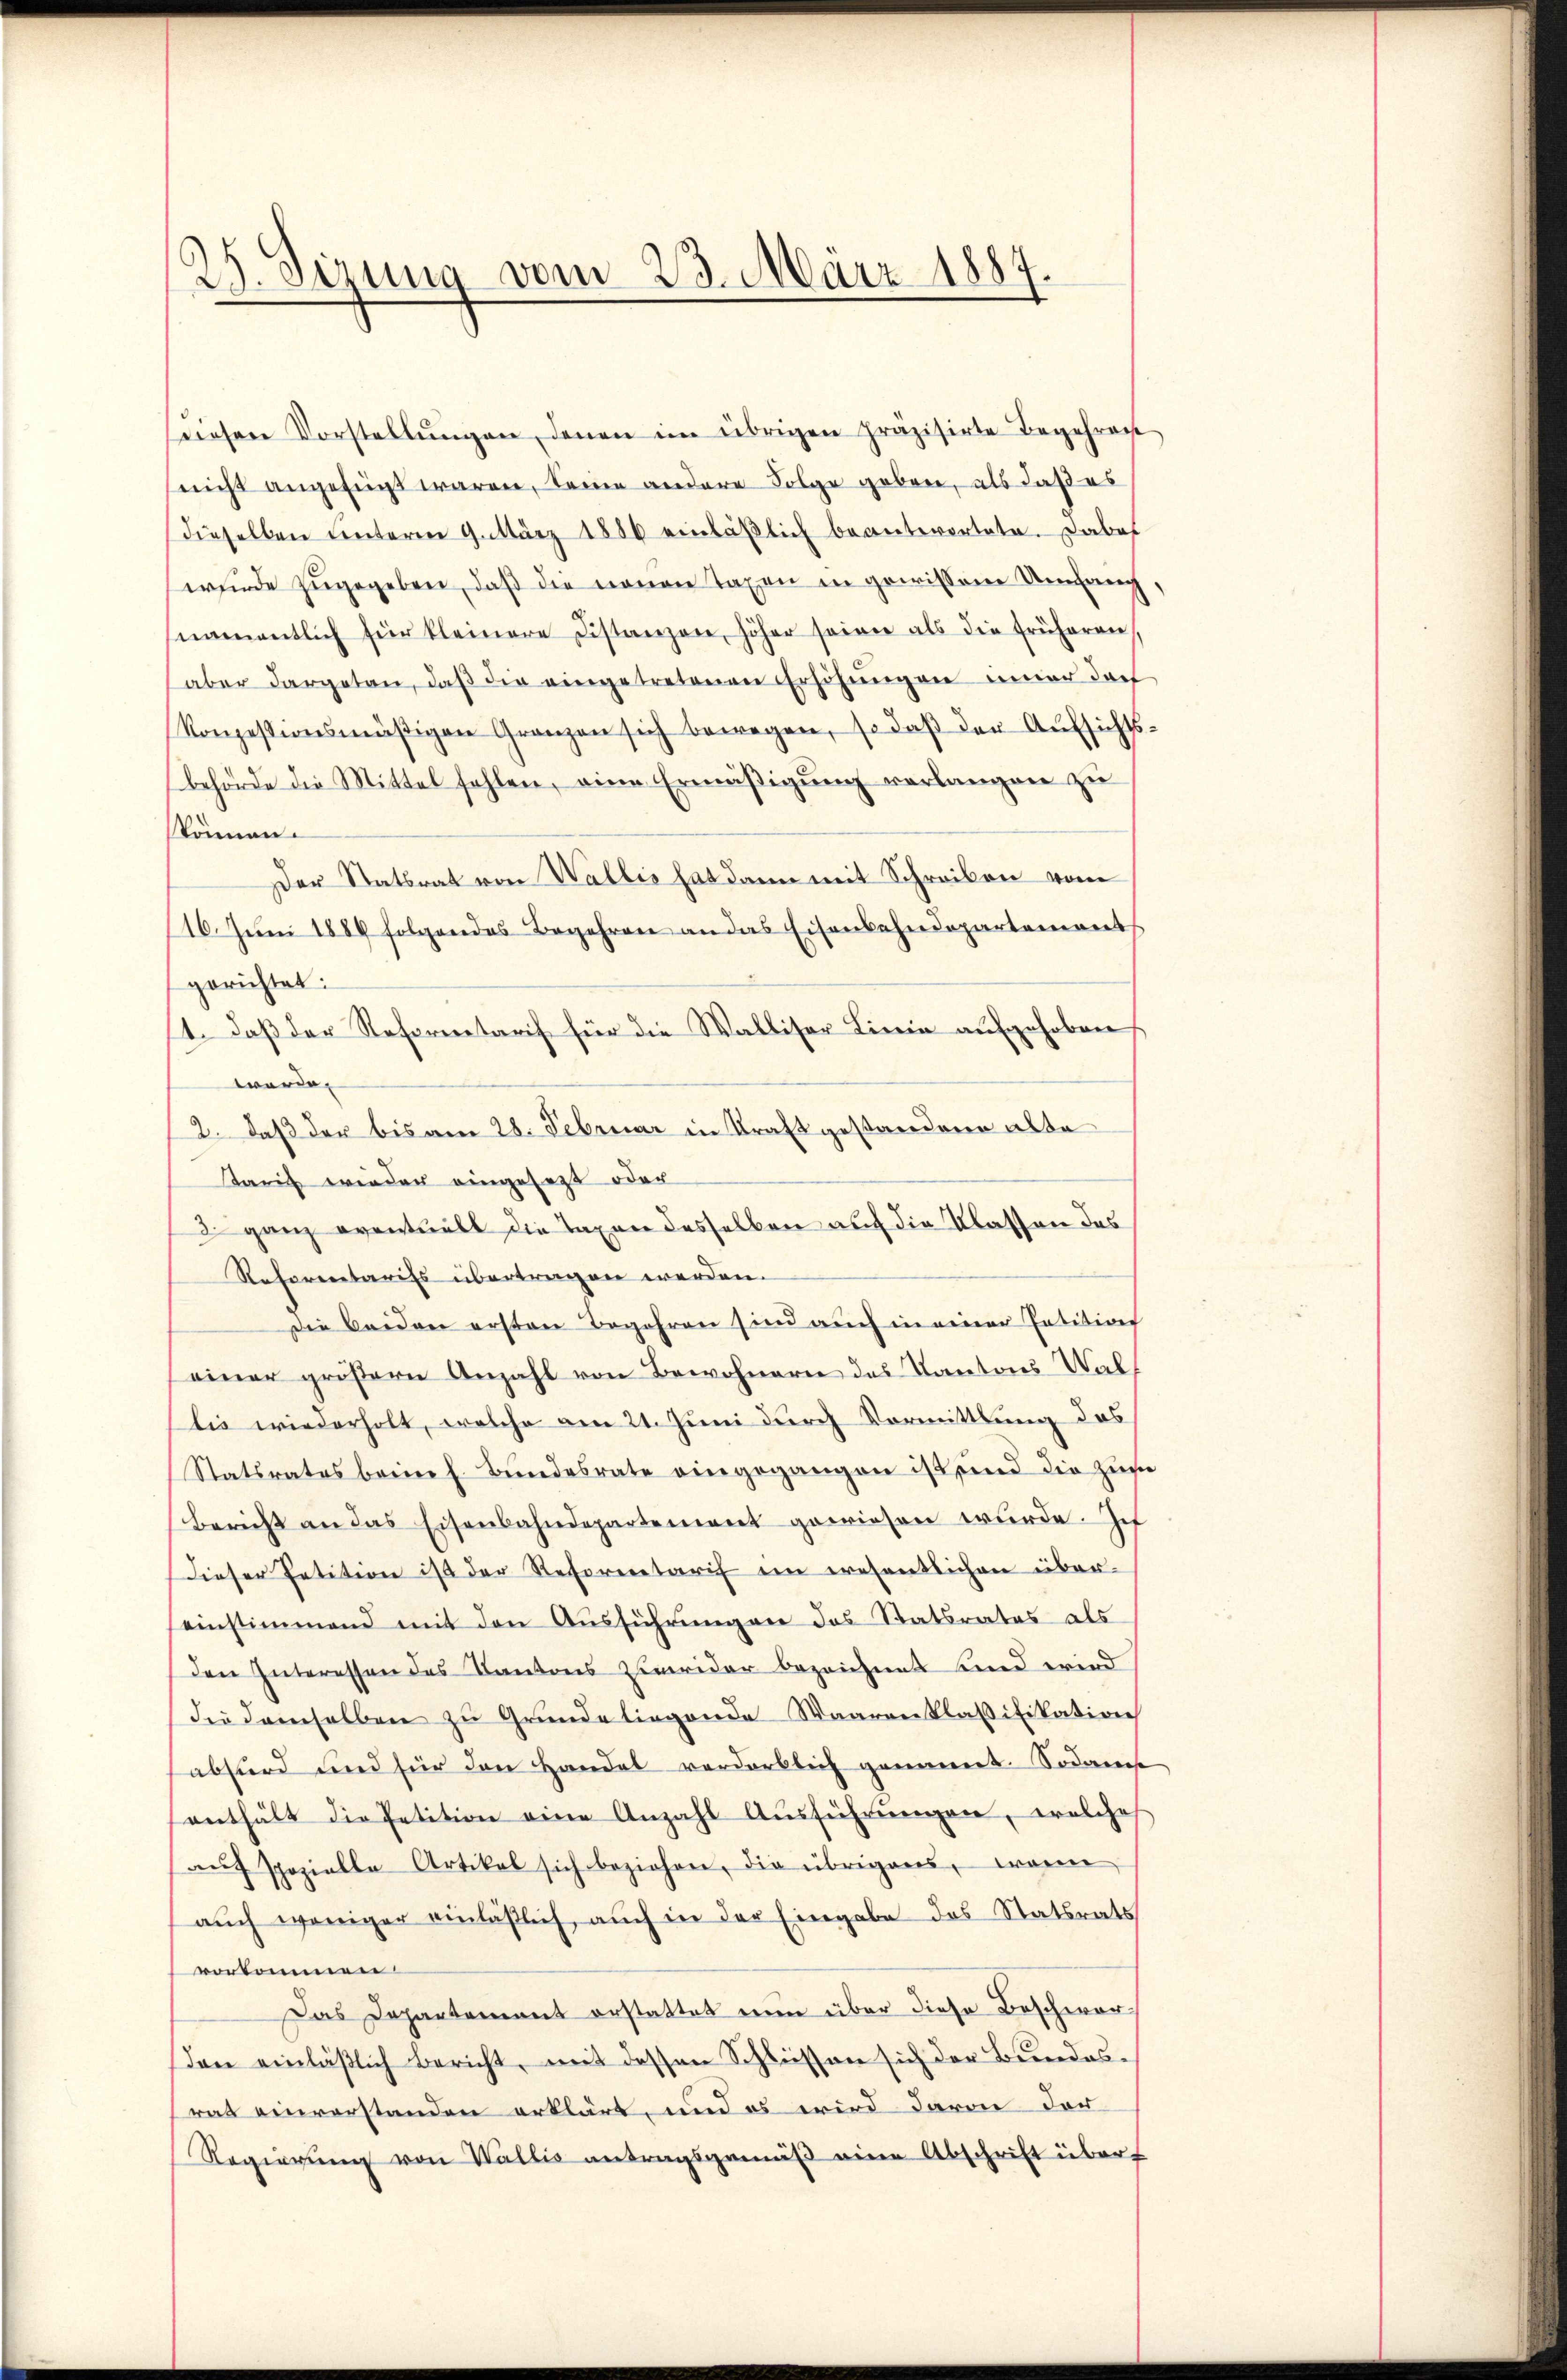
Sizung vom 23. März 1887.

wiesen Vorstellŭngen, denen im übrigen präzisirte Begehren
(nicht angefügt waren, keine andere Folge geben, als daß es
dieselben ŭnterm 9. März 1886 einläβlich beanterortete. Dabei
wŭrde zŭgegeben, daβ die neuen Taxen in gewissem Umfang,
namentlich für kleinere Distanzen, höher seine als die früheren
aber dargetan, daβ die eingetretenen Erhöhŭngen inner dar
konzessionsmäßigen Granzen sich bewegen, so daß der Aufsichtsbehörde die Mittel fehlen, eine Ermäβigŭng verlangen zu
können.
Der Statsrat von Wallis hat dann mit Schreiben vom
16. Juni 1889 folgendes Begehren an das Eisenbahndepartement
gerichtet:
1. Daß der Refornetarif für die Walliser Linie aufgehoben
worde
2. daß der bis am 28. Februar in Kraft gestandene alte
Tarif wieder eingesezt oder
3 ganz eventuell die Taxen desselben auf die Klassen das
Rehorentarifs übertragen werden.
die beiden ersten Begehren sind auch in einer Patition
einer größern Anzahl von Bewohnern des Kantons Wallie wiederholt, welche am 21. Juni durch Vormittlung das
Statsrates beim h. Bŭndesrate eingegangen ist und die zum
bericht an das Eisenbahndepartement gewiesen wŭrde. Ich
Dieser Petition ist der Reforentarif ein eresentlichen über-
einstimmend mit den Aŭsführungen des Statsrates als
den Interessen des Kantons Zuwider bezeichnet sind wird
die demselben zu Grunde liegende Waaren klaßifikation
absurd und für den Handel vorderblich genannt. Sodann
enthält die Petition eine Anzahl Aŭsführŭngen, welche
aŭf spezielle Artikel sich beziehen, die übrigens, wann
aŭch weniger einläßlich, auch in der Eingabe des Statsrats
vorkommen.
Das Departement erstattet ein über diese Beschwersden einläßlich Bericht, mit dessen Schlüssen sich der Bundesrat einverstanden erklärt, und es wird davon der
Regierung von Wallis antragsgemäß eine Abschrift über